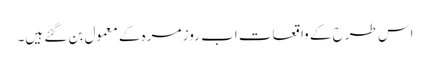
اس طرح کے واقعات اب روز مرہ کے معمول بن گئے ہیں۔